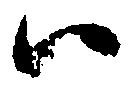
ハ